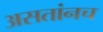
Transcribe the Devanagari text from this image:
असतांनच